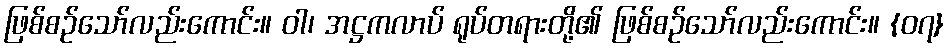
ဖြစ်စဉ်သော်လည်းကောင်း။ ဝါ၊ အဋ္ဌကလာပ် ရုပ်တရားတို့၏ ဖြစ်စဉ်သော်လည်းကောင်း။ {၀၇}